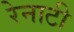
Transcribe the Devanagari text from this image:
रेनाटी